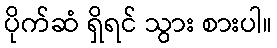
ပိုက်ဆံ ရှိရင် သွား စားပါ။